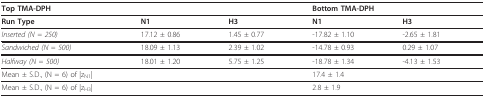
| Top TMA-DPH |  |  | <COLSPAN=2> Bottom TMA-DPH |
 | --- | --- | --- | --- | --- |
 | Run Type | N1 | H3 | N1 | H3 |
 | Inserted (N = 250) | 17.12 ± 0.86 | 1.45 ± 0.77 | -17.82 ± 1.10 | -2.65 ± 1.81 |
 | Sandwiched (N = 500) | 18.09 ± 1.13 | 2.39 ± 1.02 | -14.78 ± 0.93 | 0.29 ± 1.07 |
 | Halfway (N = 500) | 18.01 ± 1.20 | 5.75 ± 1.25 | -18.78 ± 1.34 | -4.13 ± 1.53 |
 | Mean ± S.D., (N = 6) of |zN1| |  |  | 17.4 ± 1.4 |  |
 | Mean ± S.D., (N = 6) of |zH3| |  |  | 2.8 ± 1.9 |  |